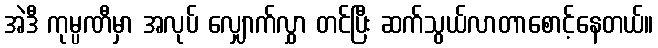
အဲဒီ ကုမ္ပဏီမှာ အလုပ် လျှောက်လွှာ တင်ပြီး ဆက်သွယ်လာတာစောင့်နေတယ်။